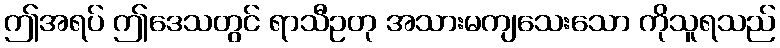
ဤအရပ် ဤဒေသတွင် ရာသီဥတု အသားမကျသေးသော ကိုသူရသည်